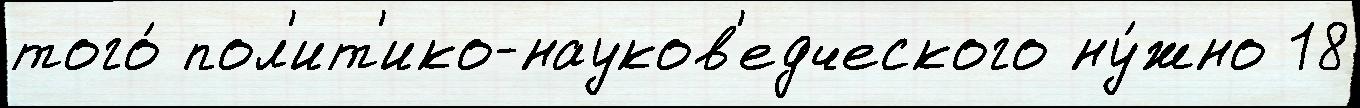
того́ пол'ит'ико-науков'едческого ну́жно 18